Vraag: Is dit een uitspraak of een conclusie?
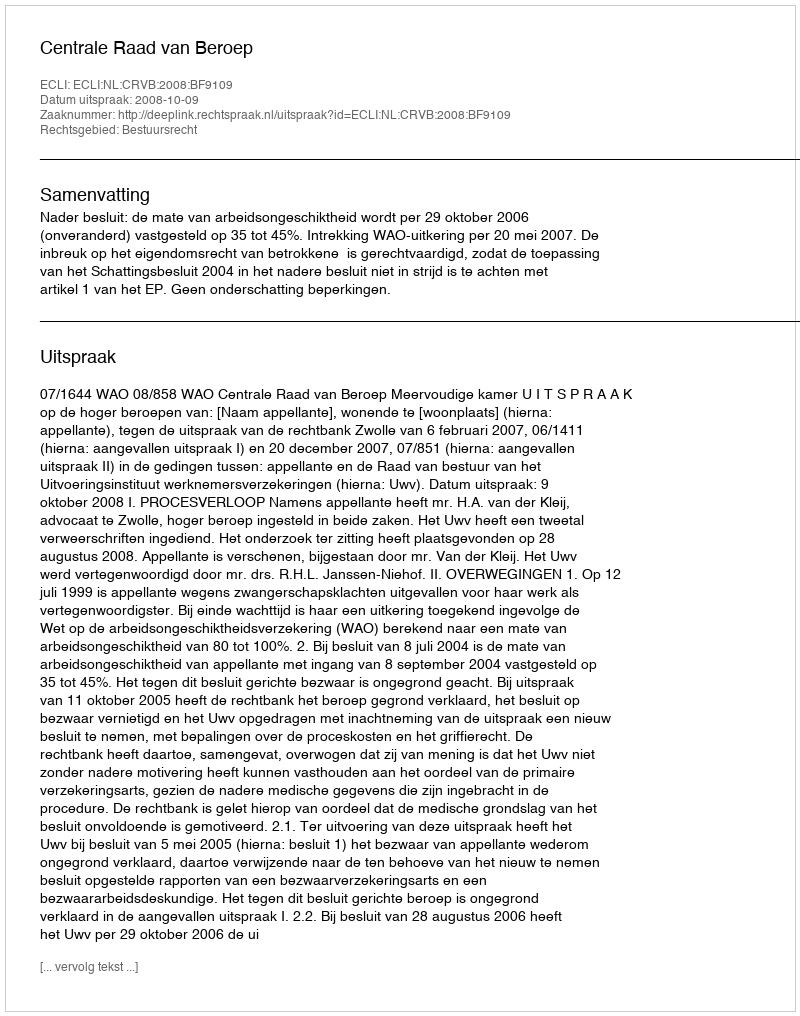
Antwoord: Uitspraak